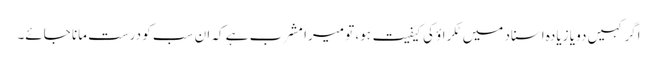
اگر کہیں دو یا زیادہ اسناد میں ٹکراؤ کی کیفیت ہو، تو میرا مشرب ہے کہ ان سب کو درست مانا جائے۔